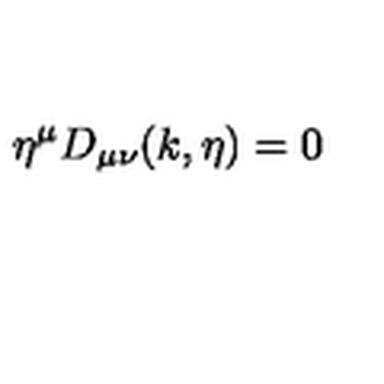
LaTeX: \eta ^ { \mu } D _ { \mu \nu } ( k , \eta ) = 0 \